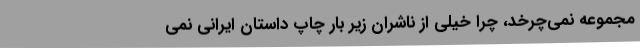
مجموعه نمی‌چرخد، چرا خیلی از ناشران زیر بار چاپ داستان ایرانی نمی